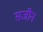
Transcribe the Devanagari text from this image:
सजीन